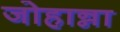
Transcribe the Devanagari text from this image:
जोहान्ना